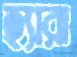
হ্যারা